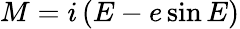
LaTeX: M=i\left(E-e\sin E\right)